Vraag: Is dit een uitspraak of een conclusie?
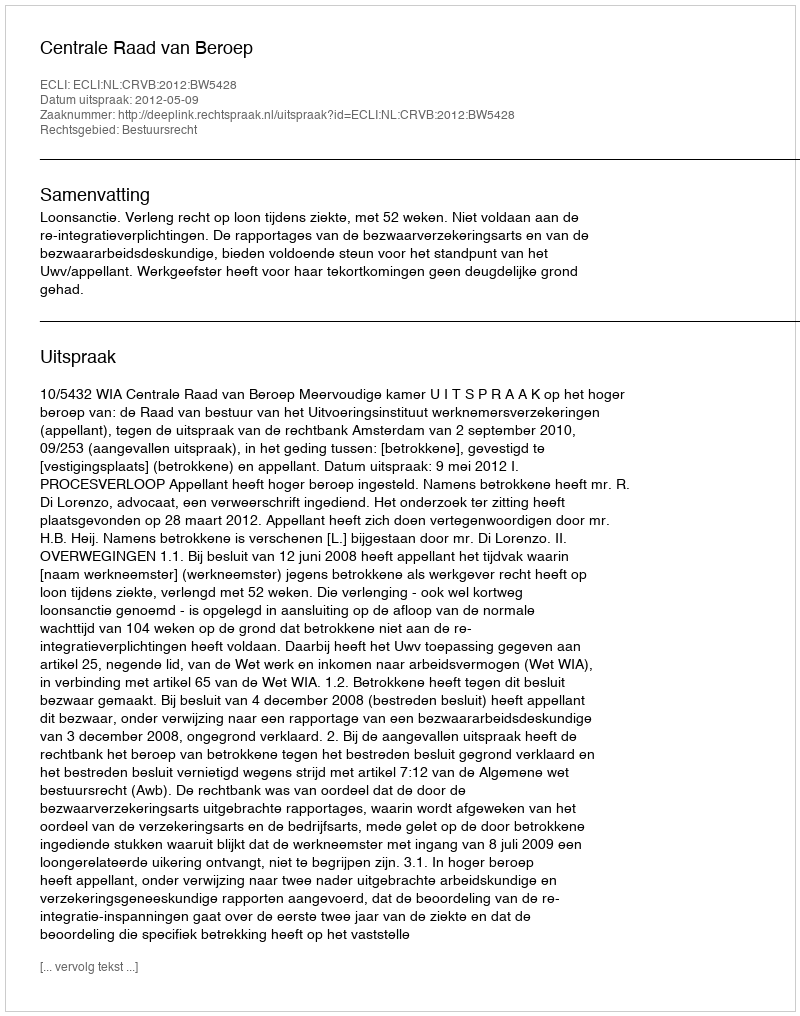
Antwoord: Uitspraak